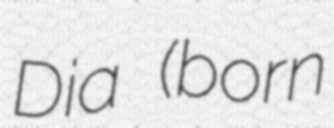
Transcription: Dia (born